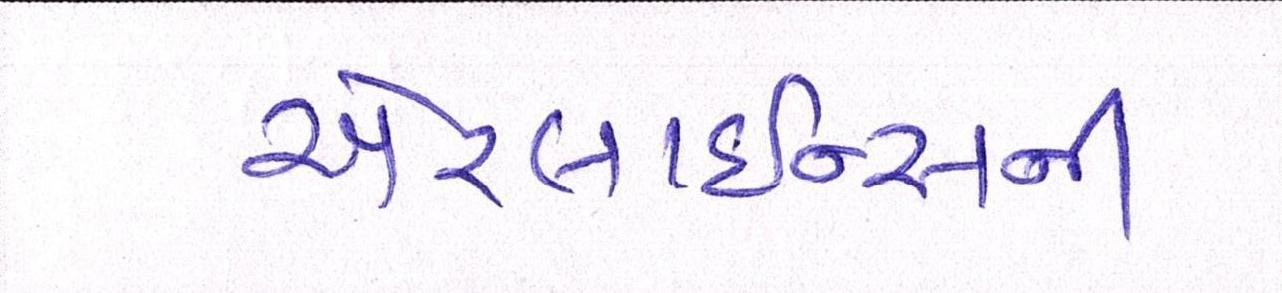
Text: એરલાઇન્સની